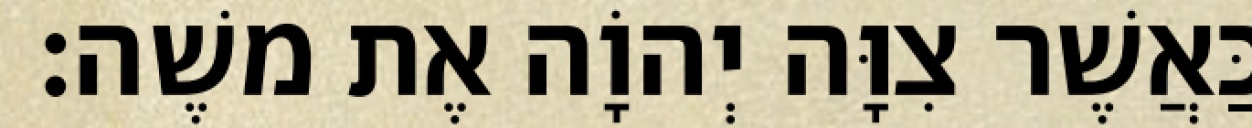
כַּאֲשֶׁר צִוָּה יְהוָֹה אֶת משֶׁה׃